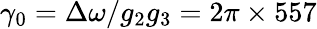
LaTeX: \gamma_{0}=\Delta\omega/g_{2}g_{3}=2\pi\times 557